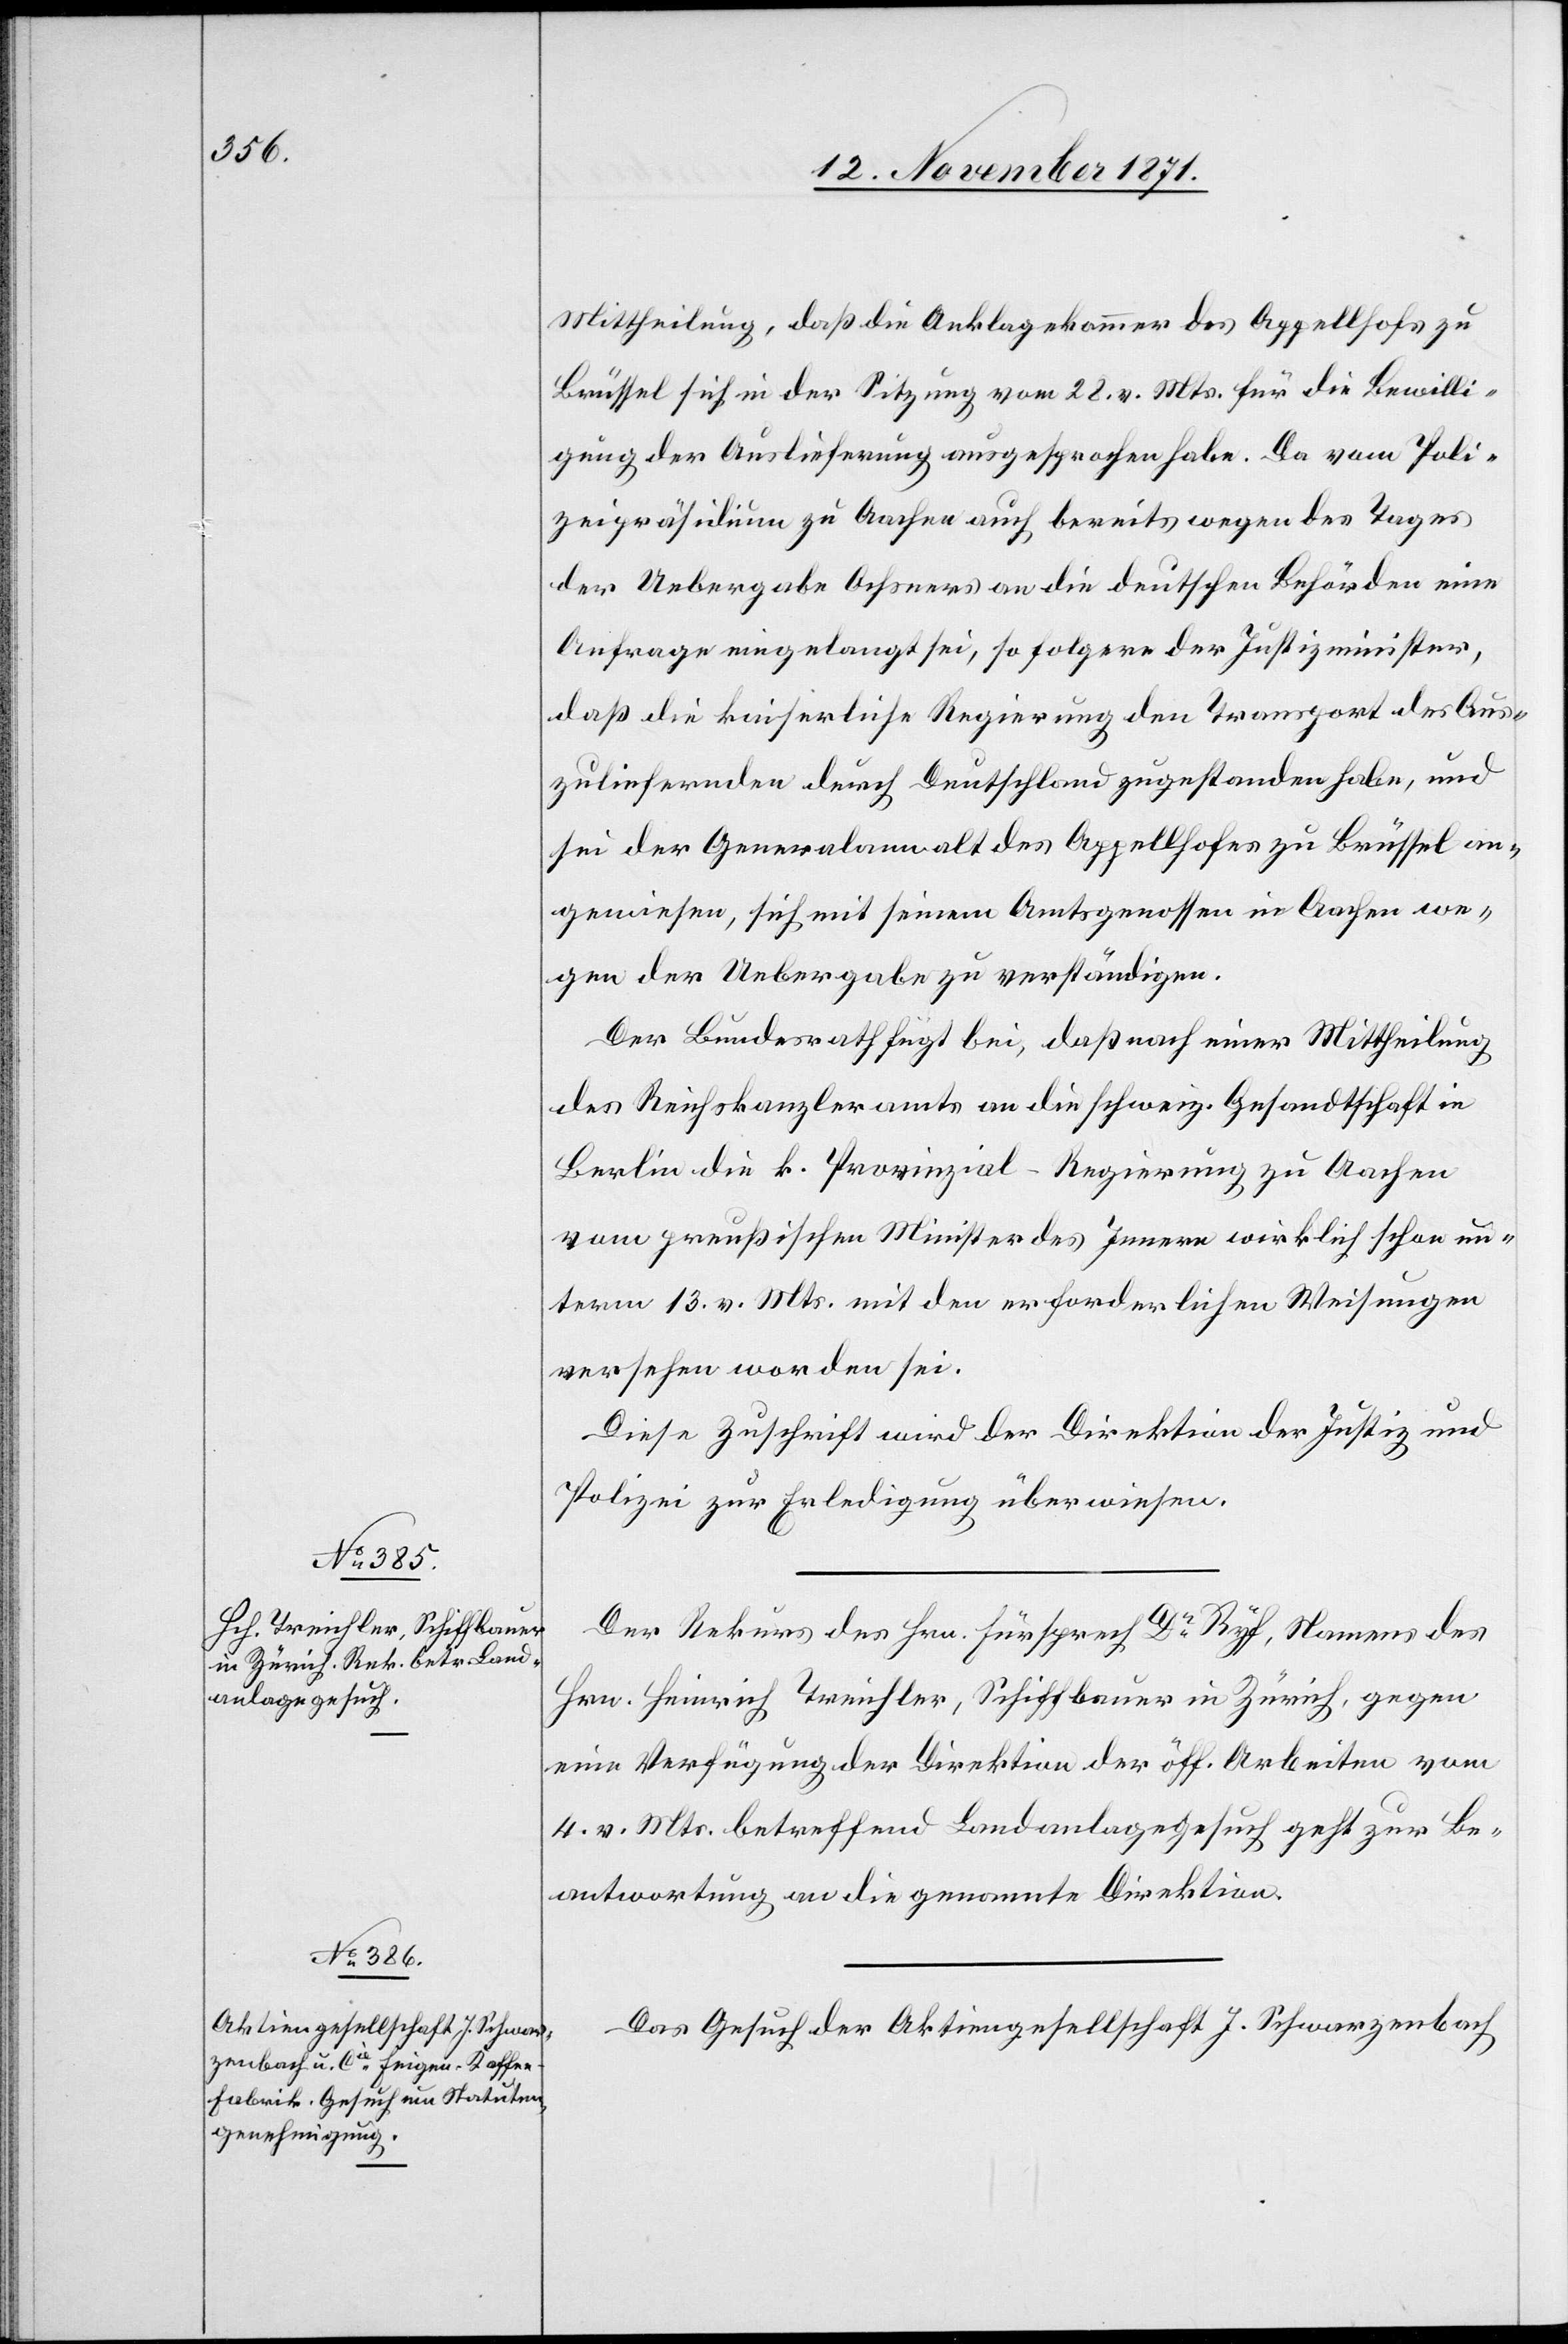
17. November 1871.]
Mittheilung, daß die Anklagekammer des Appellhofs zu
Brüssel sich in der Sitzung vom 28. v. Mts. für die Bewilli¬
gung der Auslieferung ausgesprochen habe. Da vom Poli¬
zeipräsidium zu Aachen auch bereits wegen des Tages
der Uebergabe Ochsners an die deutschen Behörden eine
Anfrage eingelangt sei, so folgern der Justizminister,
daß die kaiserliche Regierung den Transport der Aus¬
zuliefernden durch Deutschland zugestanden habe, und
sei der Generalanwalt des Appellhofes zu Brüssel an¬
gewiesen, sich mit seinem Amtsgenossen in Aachen we¬
gen der Uebergabe zu verständigen.
Der Bundesrath fügt bei, daß nach einer Mittheilung
des Reichskanzleramts an die schweiz. Gesandtschaft in
Berlin die k. Provinzial-Regierung zu Aachen
vom preußischen Minister des Innern wirklich schon un¬
term 13. v. Mts. mit den erforderlichen Weisungen
versehen worden sei.
Diese Zuschrift wird der Direktion der Justiz und
Polizei zur Erledigung überwiesen.
Der Rekurs des Hrn. Fürsprech Dr. Ryf, Namens des
Hrn. Heinrich Treichler, Schiffbauer in Zürich, gegen
eine Verfügung der Direktion der öff. Arbeiten vom
4. v. Mts. betreffend Landanlagegesuch geht zur Be¬
antwortung an die genannte Direktion.
Das Gesuch der Aktiengesellschaft J. Schwarzenbach